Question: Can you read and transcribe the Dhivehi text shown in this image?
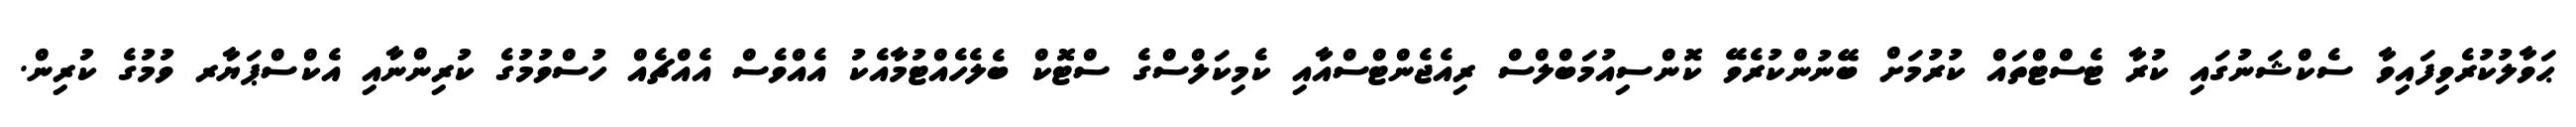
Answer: ޙަވާލުކުރެވިފައިވާ ސެކްޝަނުގައި ކުރާ ޓެސްޓްތައް ކުރުމަށް ބޭނުންކުރެވޭ ކޮންސިއުމަބްލްސް ރިއެޖެންޓްސްއާއި ކެމިކަލްސްގެ ސްޓޮކް ބެލެހެއްޓުމާއެކު އެއްވެސް އެއްޗެއް ހުސްވުމުގެ ކުރިންނާއި އެކްސްޕަޔާރ ވުމުގެ ކުރިން.